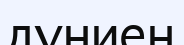
дүниең